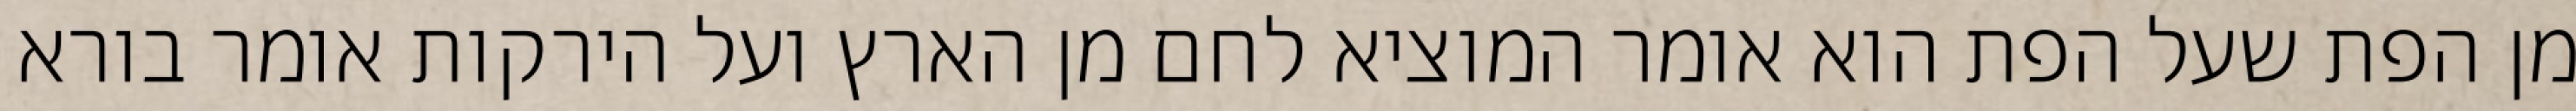
מן הפת שעל הפת הוא אומר המוציא לחם מן הארץ ועל הירקות אומר בורא